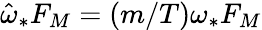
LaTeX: \hat{\omega}_{*}F_{M}=(m/T)\omega_{*}F_{M}